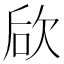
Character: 𣢨